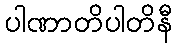
ပါဏာတိပါတိနီ